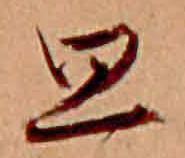
思